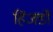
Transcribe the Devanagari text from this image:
हिंजडों